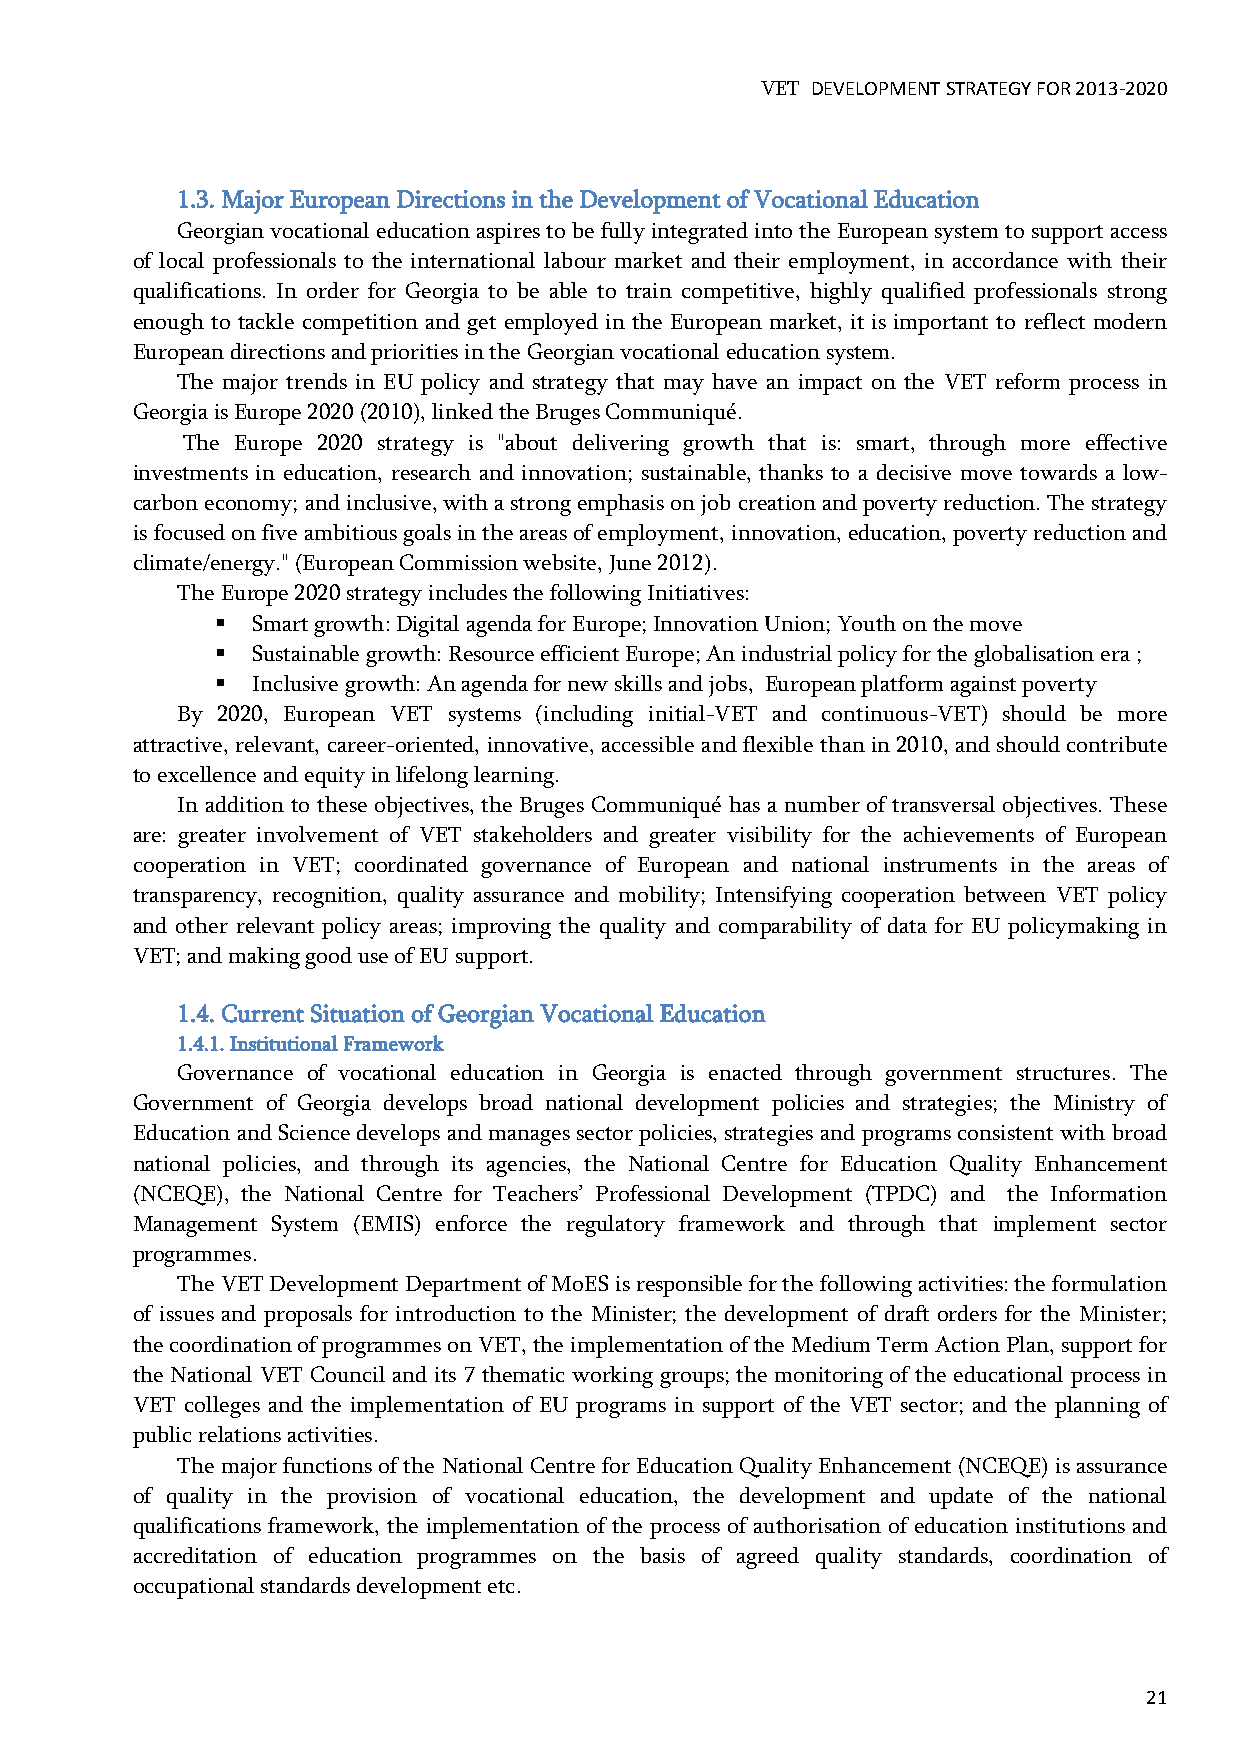
VET DEVELOPMENT STRATEGY FOR 2013-2020
 1.3. Major European Directions in the Development of Vocational Education
 Georgian vocational education aspires to be fully integrated into the European system to support access
 of local professionals to the international labour market and their employment, in accordance with their
 qualifications. In order for Georgia to be able to train competitive, highly qualified professionals strong
 enough to tackle competition and get employed in the European market, it is important to reflect modern
 European directions and priorities in the Georgian vocational education system.
 The major trends in EU policy and strategy that may have an impact on the VET reform process in
 Georgia is Europe 2020 (2010), linked the Bruges Communiqué.
 The Europe 2020 strategy is "about delivering growth that is: smart, through more effective
 investments in education, research and innovation; sustainable, thanks to a decisive move towards a low-
 carbon economy; and inclusive, with a strong emphasis on job creation and poverty reduction. The strategy
 is focused on five ambitious goals in the areas of employment, innovation, education, poverty reduction and
 climate/energy." (European Commission website, June 2012).
 The Europe 2020 strategy includes the following Initiatives:
   Smart growth: Digital agenda for Europe; Innovation Union; Youth on the move
   Sustainable growth: Resource efficient Europe; An industrial policy for the globalisation era ;
   Inclusive growth: An agenda for new skills and jobs, European platform against poverty
 By 2020, European VET systems (including initial-VET and continuous-VET) should be more
 attractive, relevant, career-oriented, innovative, accessible and flexible than in 2010, and should contribute
 to excellence and equity in lifelong learning.
 In addition to these objectives, the Bruges Communiqué has a number of transversal objectives. These
 are: greater involvement of VET stakeholders and greater visibility for the achievements of European
 cooperation in VET; coordinated governance of European and national instruments in the areas of
 transparency, recognition, quality assurance and mobility; Intensifying cooperation between VET policy
 and other relevant policy areas; improving the quality and comparability of data for EU policymaking in
 VET; and making good use of EU support.
 1.4. Current Situation of Georgian Vocational Education
 1.4.1. Institutional Framework
 Governance of vocational education in Georgia is enacted through government structures. The
 Government of Georgia develops broad national development policies and strategies; the Ministry of
 Education and Science develops and manages sector policies, strategies and programs consistent with broad
 national policies, and through its agencies, the National Centre for Education Quality Enhancement
 (NCEQE), the National Centre for Teachers’ Professional Development (TPDC) and the Information
 Management System (EMIS) enforce the regulatory framework and through that implement sector
 programmes.
 The VET Development Department of MoES is responsible for the following activities: the formulation
 of issues and proposals for introduction to the Minister; the development of draft orders for the Minister;
 the coordination of programmes on VET, the implementation of the Medium Term Action Plan, support for
 the National VET Council and its 7 thematic working groups; the monitoring of the educational process in
 VET colleges and the implementation of EU programs in support of the VET sector; and the planning of
 public relations activities.
 The major functions of the National Centre for Education Quality Enhancement (NCEQE) is assurance
 of quality in the provision of vocational education, the development and update of the national
 qualifications framework, the implementation of the process of authorisation of education institutions and
 accreditation of education programmes on the basis of agreed quality standards, coordination of
 occupational standards development etc.
 21